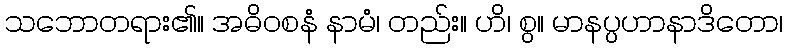
သဘောတရား၏။ အဓိဝစနံ နာမံ၊ တည်း။ ဟိ၊ စွ။ မာနပ္ပဟာနာဒိတော၊